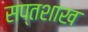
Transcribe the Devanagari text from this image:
सप्तशाख